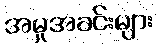
အမှုအခင်းများ